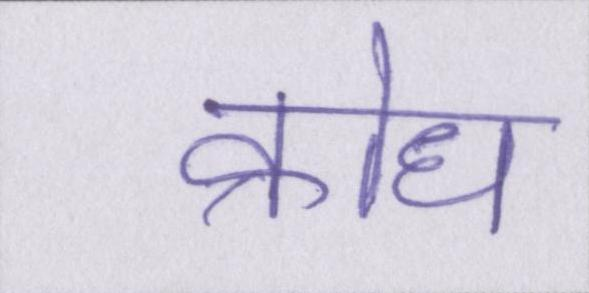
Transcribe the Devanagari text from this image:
क्रोध